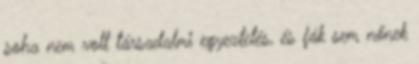
soha nem volt társadalmi egyeztetés, és fák sem nőnek